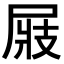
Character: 𡲆